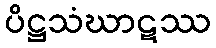
ပိဋ္ဌသံဃာဋဿ